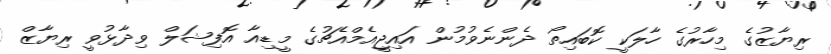
ރިޔާޒުގެ މިހާރުގެ ހާލަކީ ކޮބައިތޯ ދެންނެވުމުން އައިޖީއެމްއެޗުގެ މީޑިއާ އޮފިޝަލް ވިދާޅުވީ ރިޔާޒް